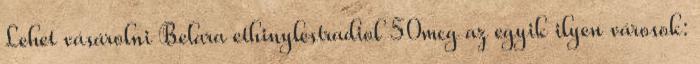
Lehet vásárolni Belara ethinylestradiol 50mcg az egyik ilyen városok: